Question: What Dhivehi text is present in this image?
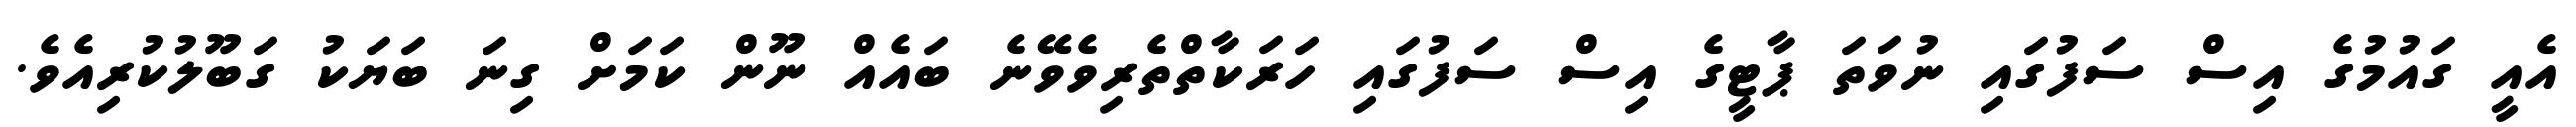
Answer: އެއީ ގައުމުގެ އިސް ސަފުގައި ނުވަތަ ޕާޓީގެ އިސް ސަފުގައި ހަރަކާތްތެރިވެވޭނެ ބައެއް ނޫން ކަމަށް ގިނަ ބަޔަކު ގަބޫލުކުރިއެވެ.